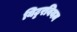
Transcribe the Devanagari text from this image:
यिट्टरबियम